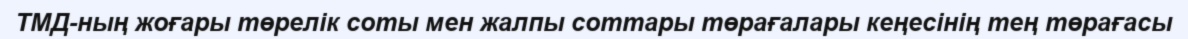
ТМД-ның жоғары төрелік соты мен жалпы соттары төрағалары кеңесінің тең төрағасы